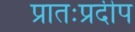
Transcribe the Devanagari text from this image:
प्रातःप्रदीप